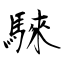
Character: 騋